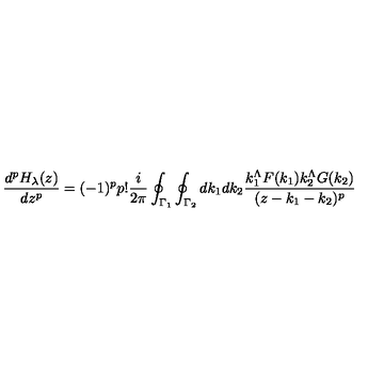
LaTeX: \frac { d ^ { p } H _ { \lambda } ( z ) } { d z ^ { p } } = ( - 1 ) ^ { p } p ! \frac { i } { 2 \pi } \oint _ { { \Gamma } _ { 1 } } \oint _ { { \Gamma } _ { 2 } } d k _ { 1 } d k _ { 2 } \frac { k _ { 1 } ^ { \Lambda } F ( k _ { 1 } ) k _ { 2 } ^ { \Lambda } G ( k _ { 2 } ) } { ( z - k _ { 1 } - k _ { 2 } ) ^ { p } }